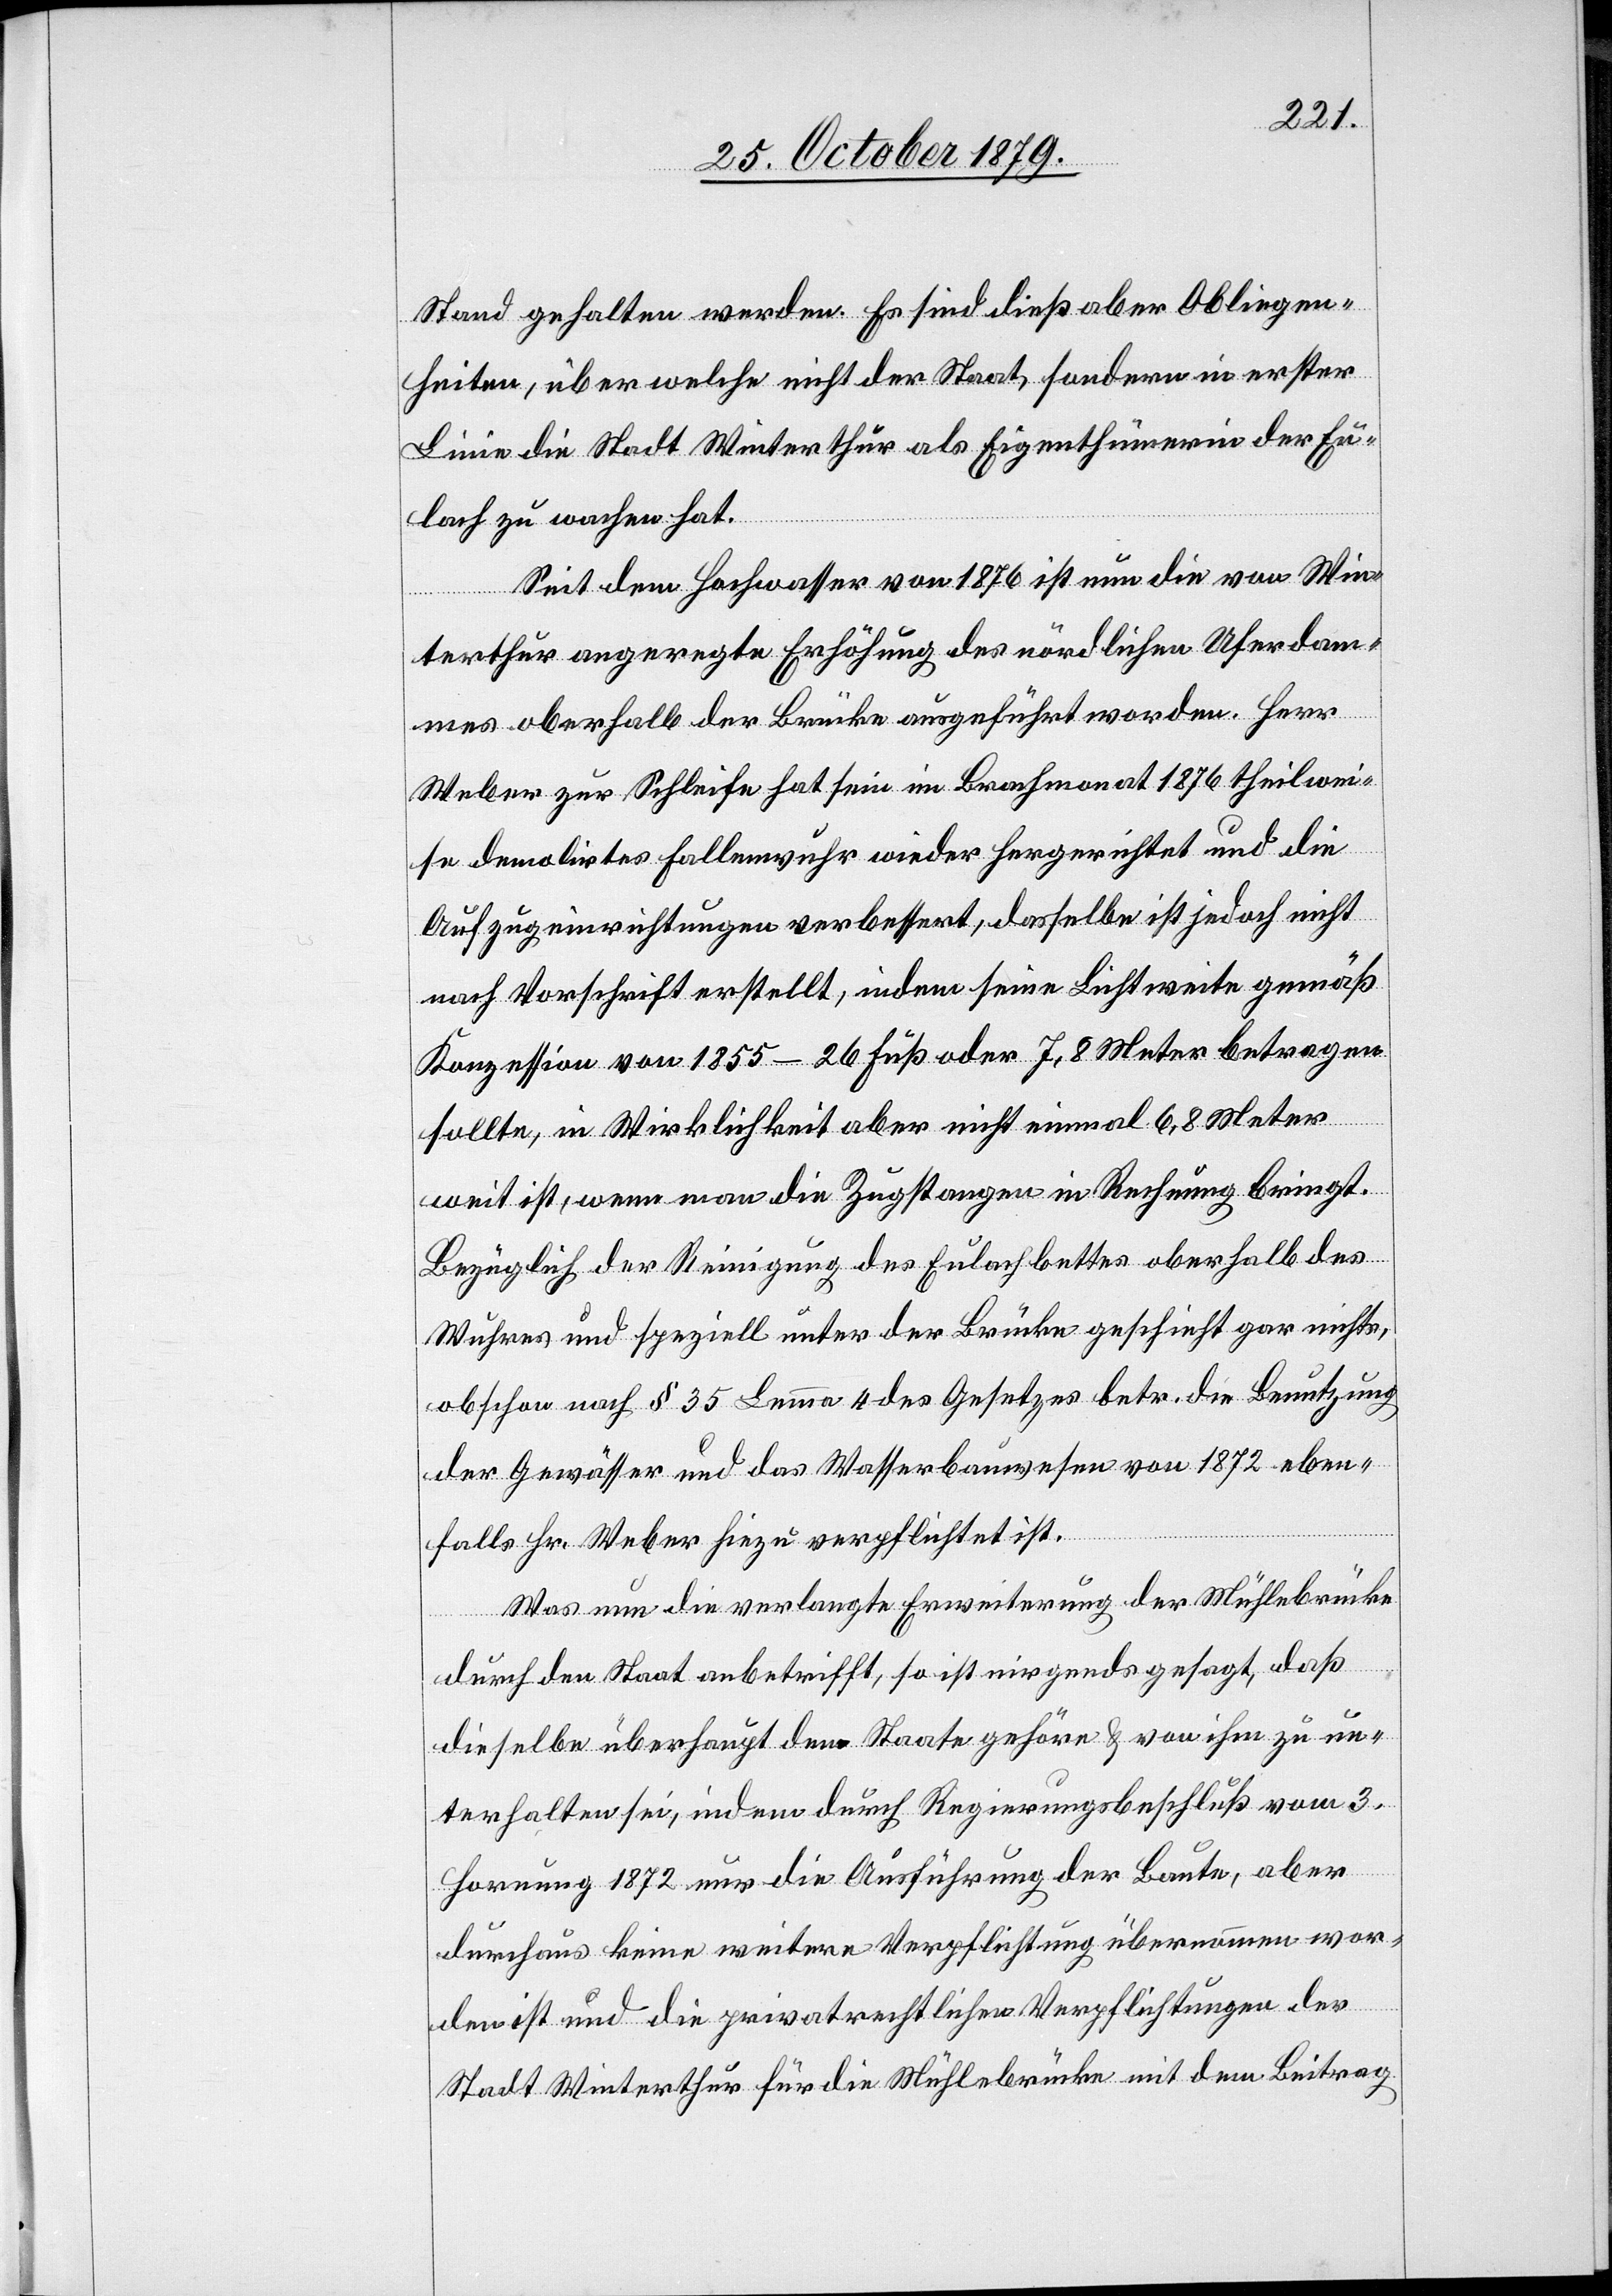
Stand gehalten werden. Es sind dieß aber Obliegen¬
heiten, über welche nicht der Staat, sondern in erster
Linie die Stadt Winterthur als Eigenthümerin der Eu¬
lach zu wachen hat.
Seit dem Hochwasser von 1876 ist nun die von Win¬
terthur angeregte Erhöhung des nördlichen Uferdam¬
mes oberhalb der Brücke ausgeführt worden. Herr
Weber zur Schleife hat sein im Brachmonat 1876 theilwei¬
se demolirtes Fallenwuhr wieder hergerichtet und die
Aufzugeinrichtungen verbessert, dasselbe ist jedoch nicht
nach Vorschrift erstellt, indem seine Lichtweite gemäß
Konzession von 1855 – 26 Fuß oder 7,8 Meter betragen
sollte, in Wirklichkeit aber nicht einmal 6,8 Meter
weit ist, wenn man die Zugstangen in Rechnung bringt.
Bezüglich der Reinigung des Eulachbettes oberhalb des
Wuhres und speziell unter der Brücke geschieht gar nichts,
obschon nach § 35 Lemma 4 des Gesetzes betr. die Benutzung
der Gewässer und das Wasserbauwesen von 1872 eben¬
falls Hr. Weber hiezu verpflichtet ist.
Was nun die verlangte Erweiterung der Mühlebrücke
durch den Staat anbetrifft, so ist nirgends gesagt, daß
dieselbe überhaupt dem Staate gehöre & von ihm zu un¬
terhalten sei, indem durch Regierungsbeschluß vom 3.
Hornung 1872 nur die Ausführung der Baute, aber
durchaus keine weitere Verpflichtung übernommen wor¬
den ist und die privatrechtlichen Verpflichtungen der
Stadt Winterthur für die Mühlebrücke mit dem Beitrag